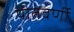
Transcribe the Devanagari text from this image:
पीतवर्णी